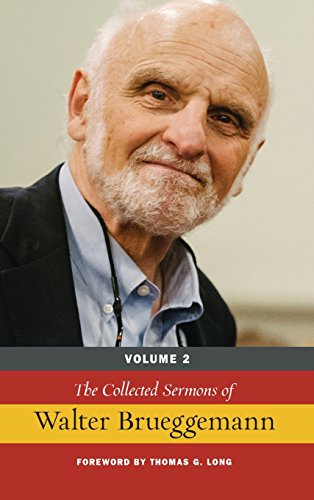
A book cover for The Collected Sermons of Walter Brueggemann, Volume 2; Walter Brueggemann; Christian Books & Bibles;